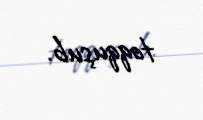
toqquşub.